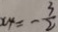
x _ { 4 } = - \frac { 3 } { 2 }